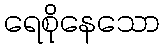
ရေစိုနေသော